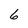
Character: 6